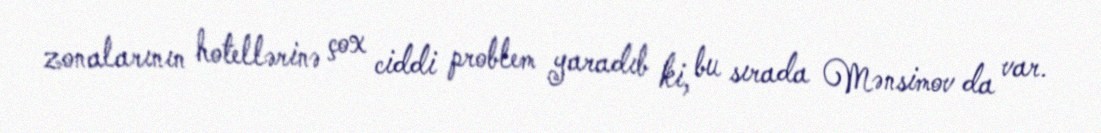
zonalarının hotellərinə çox ciddi problem yaradıb ki, bu sırada Mənsimov da var.